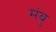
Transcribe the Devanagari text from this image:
मंबु